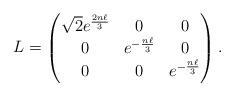
LaTeX: \begin{align*} L = \begin{pmatrix} \sqrt{2} e^{\frac{2 n \ell}{3}} & 0 & 0\\ 0 & e^{-\frac{n \ell}{3}} & 0\\ 0 & 0 & e^{-\frac{n \ell}{3}}\end{pmatrix}.\end{align*}